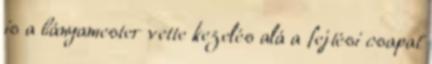
is a bányamester vette kezelés alá a fejtési csapat